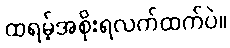
ထရမ့်အစိုးရလက်ထက်ပဲ။